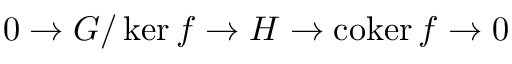
0 \rightarrow G / \ker f \rightarrow H \rightarrow \operatorname { c o k e r } f \rightarrow 0